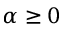
\alpha \ge 0